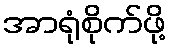
အာရုံစိုက်ဖို့